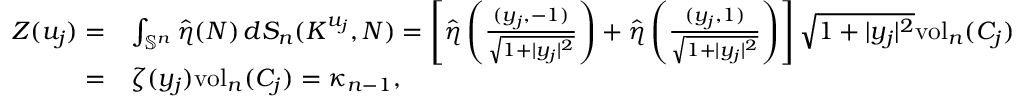
\begin{array} { r l } { Z ( u _ { j } ) = } & { \int _ { \mathbb { S } ^ { n } } \hat { \eta } ( N ) \, d S _ { n } ( K ^ { u _ { j } } , N ) = \left[ \hat { \eta } \left( \frac { ( y _ { j } , - 1 ) } { \sqrt { 1 + | y _ { j } | ^ { 2 } } } \right) + \hat { \eta } \left( \frac { ( y _ { j } , 1 ) } { \sqrt { 1 + | y _ { j } | ^ { 2 } } } \right) \right] \sqrt { 1 + | y _ { j } | ^ { 2 } } \mathrm { v o l } _ { n } ( C _ { j } ) } \\ { = } & { \zeta ( y _ { j } ) \mathrm { v o l } _ { n } ( C _ { j } ) = \kappa _ { n - 1 } , } \end{array}